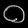
Digit: ၀